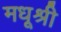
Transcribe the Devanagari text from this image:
मधूश्री